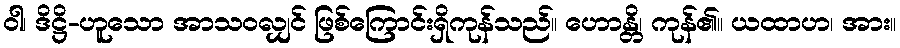
ဝါ၊ ဒိဋ္ဌိ-ဟူသော အာသဝလျှင် ဖြစ်ကြောင်းရှိကုန်သည်။ ဟောန္တိ၊ ကုန်၏။ ယထာဟ၊ အား။